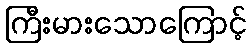
ကြီးမားသောကြောင့်